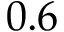
0 . 6